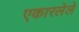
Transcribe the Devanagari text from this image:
एकारलेले